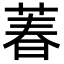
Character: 萶